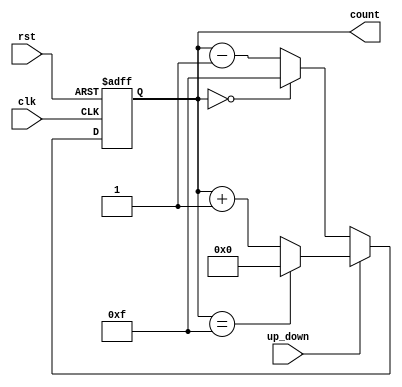
module UpDownCounter (
    input wire clk,          // Clock signal
    input wire rst,          // Asynchronous reset
    input wire up_down,      // Up/Down control signal
    output reg [3:0] count   // 4-bit count output
);

    // Asynchronous reset and counting logic
    always @(posedge clk or posedge rst) begin
        if (rst) begin
            count <= 4'b0000; // Reset count to 0
        end else begin
            if (up_down) begin
                // Count up
                if (count == 4'b1111) begin
                    count <= 4'b0000; // Wrap around to 0
                end else begin
                    count <= count + 1; // Increment count
                end
            end else begin
                // Count down
                if (count == 4'b0000) begin
                    count <= 4'b1111; // Wrap around to 15
                end else begin
                    count <= count - 1; // Decrement count
                end
            end
        end
    end

endmodule